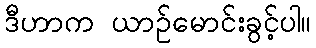
ဒီဟာက ယာဉ်မောင်းခွင့်ပါ။